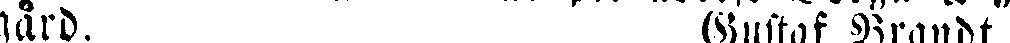
gård. Gustaf Brandt